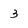
Character: 3